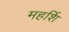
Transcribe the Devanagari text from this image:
महर्शि